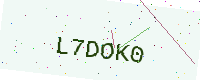
Text: L7DOK0